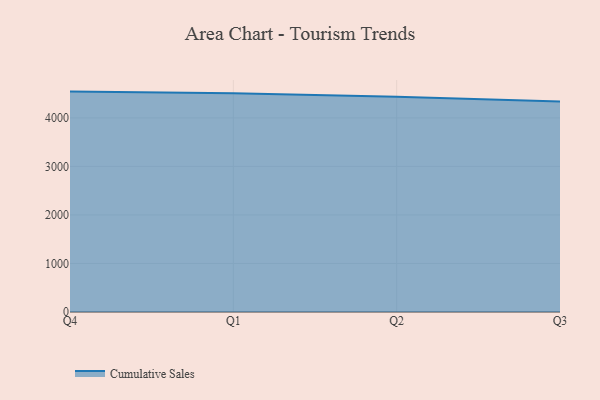
{"axis": {"x": "Quarter", "y": "Satisfaction Score"}, "legend": ["Cumulative Sales"], "data": [{"x": "Q4", "y": 4541.9, "type": "Cumulative Sales"}, {"x": "Q1", "y": 4506.7, "type": "Cumulative Sales"}, {"x": "Q2", "y": 4434.2, "type": "Cumulative Sales"}, {"x": "Q3", "y": 4340.1, "type": "Cumulative Sales"}]}